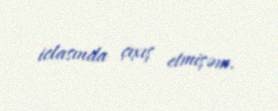
iclasında çıxış etmişəm.